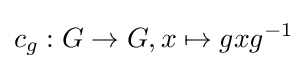
c_{g}:G\to G,x\mapsto gxg^{-1}